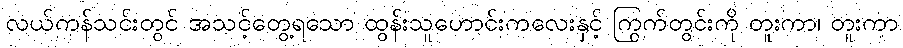
လယ်ကန်သင်းတွင် အသင့်တွေ့ရသော ထွန်းသူဟောင်းကလေးနှင့် ကြွက်တွင်းကို တူးကာ၊ တူးကာ